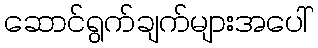
ဆောင်ရွက်ချက်များအပေါ်